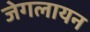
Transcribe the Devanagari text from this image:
जेगलायन